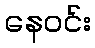
နေဝင်း